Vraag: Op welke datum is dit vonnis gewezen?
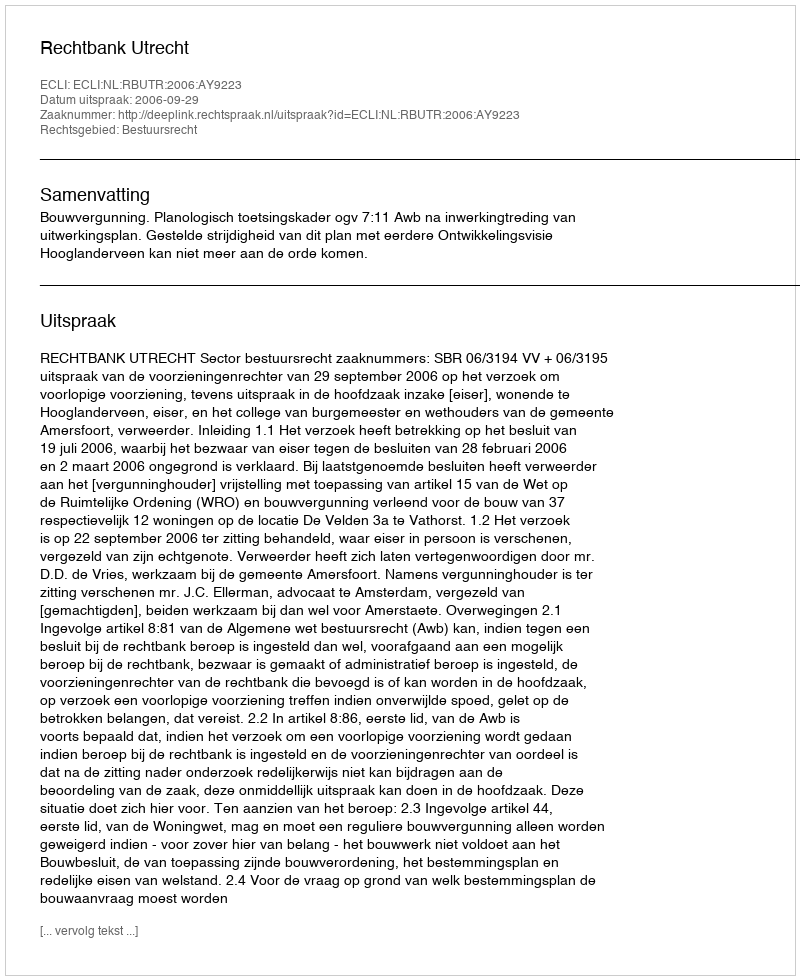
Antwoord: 2006-09-29